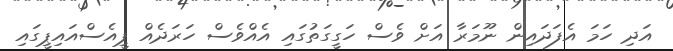
އަދި ހަމަ އެފަދައިން ނޫމަރާ އަށް ވެސް ހަގީގަތުގައި އެއްވެސް ހަރަދެއް ޕީއެސްއައިޕީގައި